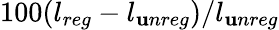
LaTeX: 100(l_{reg}-l_{\mathbf{u}nreg})/l_{\mathbf{u}nreg}